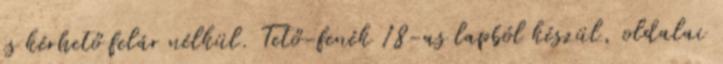
is kérhető felár nélkül. Tető-fenék 18-as lapból készül, oldalai